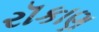
રૉકાણ